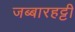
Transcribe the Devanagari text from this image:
जब्‍बारहट्टी